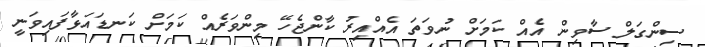
ސިންގަލް ސާވިން އެއް ކަމަށް ނުވަތަ އެއްއިރު ކާންޖެހޭ މިންވަރެއް ކަމަށް ކަނޑައަޅާފައިވަނީ